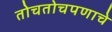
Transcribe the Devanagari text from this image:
तोचतोचपणाचे